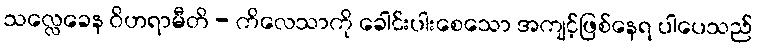
သလ္လေခေန ဝိဟရာမီတိ - ကိလေသာကို ခေါင်းပါးစေသော အကျင့်ဖြစ်နေရ ပါပေသည်